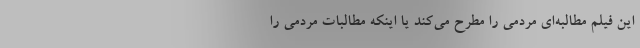
این فیلم مطالبه‌ای مردمی را مطرح می‌کند یا اینکه مطالبات مردمی را